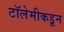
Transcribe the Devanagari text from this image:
टॉलेमीकडून